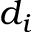
d _ { i }